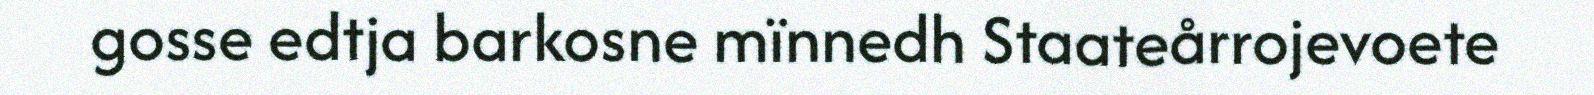
gosse edtja barkosne mïnnedh Staateårrojevoete